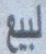
لبیع